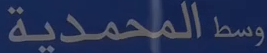
وسط المحمدية